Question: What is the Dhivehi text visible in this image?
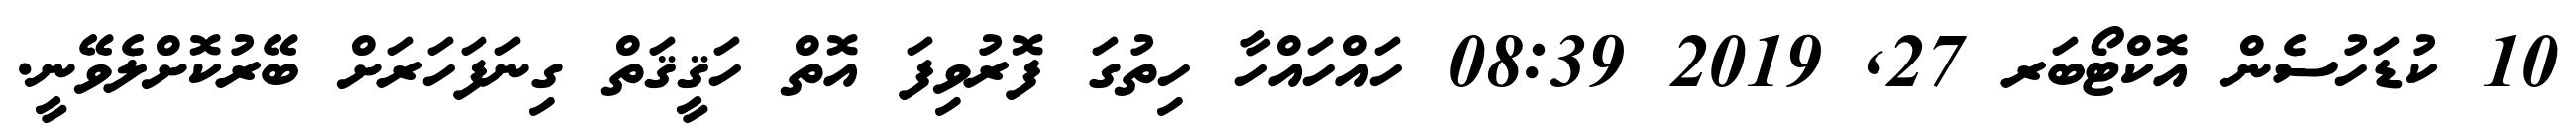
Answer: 10 ކުޑަހުސެން އޮކްޓޯބަރ 27, 2019 08:39 ހައްހައްހާ ހިތުގަ ފޮރުވިފަ އޮތް ހަޤީޤަތް ގިނަފަހަރަށް ބޭރުކޮށްލެވޭނީ.